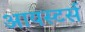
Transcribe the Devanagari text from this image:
आयस्टर्स